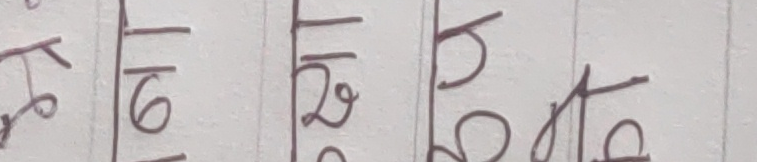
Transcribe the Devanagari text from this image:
म ढो डो जो डा